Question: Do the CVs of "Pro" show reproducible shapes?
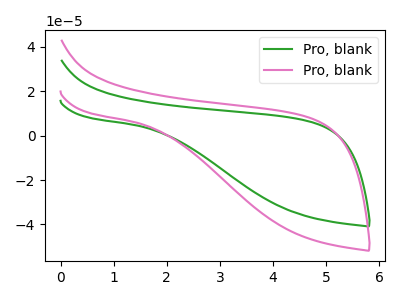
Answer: <think>The green curve "Pro, blank1" has no peaks. The pink curve "Pro, blank2" has no peaks.
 Neither "Pro, blank1" or "Pro, blank2" have any peaks.</think>
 <answer>All the CV's of "Pro" have similar shape.</answer>
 <eval>follow_rule</eval>